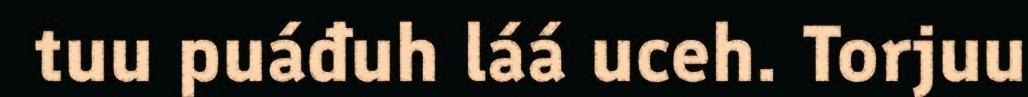
tuu puáđuh láá uceh. Torjuu